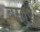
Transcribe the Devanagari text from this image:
बस्तुएं